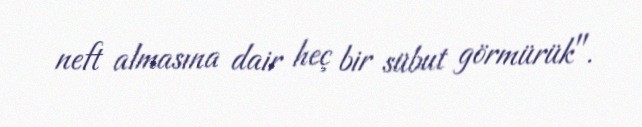
neft almasına dair heç bir sübut görmürük".